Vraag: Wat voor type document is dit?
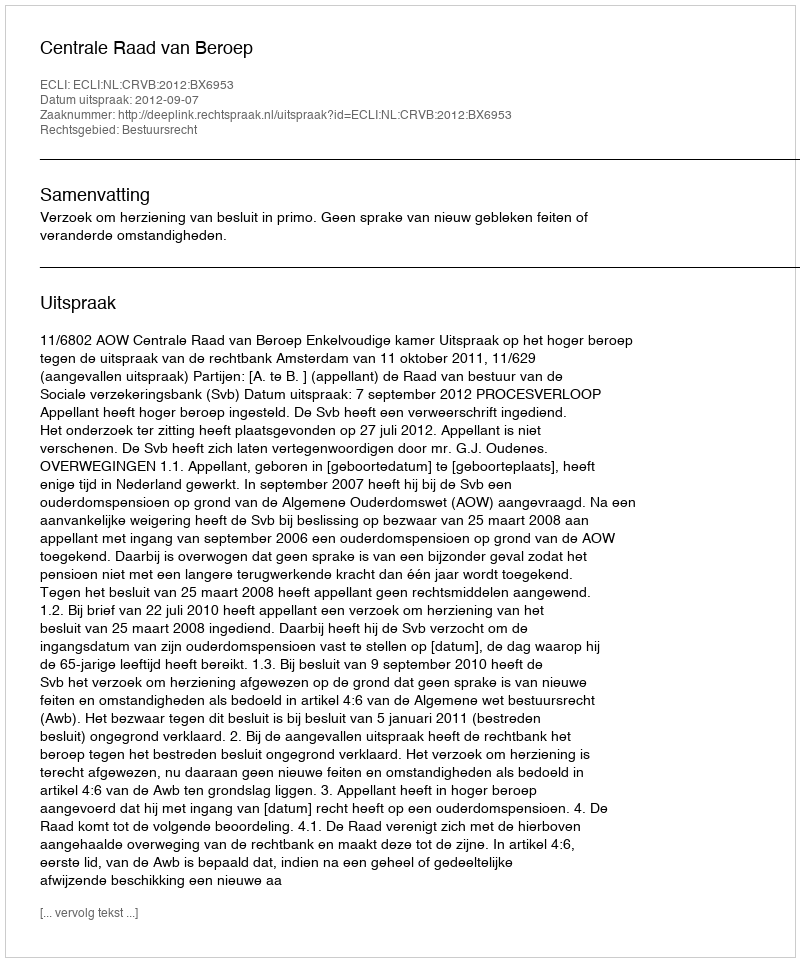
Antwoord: Uitspraak